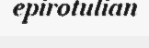
epirotulian